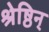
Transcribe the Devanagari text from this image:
श्रेष्ठिन्